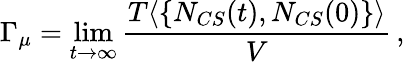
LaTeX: \Gamma_{\mu}=\operatorname*{lim}_{t\rightarrow\infty}\frac{T\langle\{ N_{CS}(t),N_{CS}(0)\} \rangle}{V}\, ,